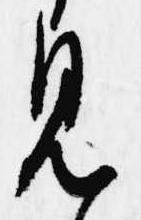
見